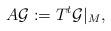
LaTeX: \begin{align*}A\mathcal{G}:=T^t\mathcal{G}|_{M},\end{align*}